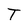
Character: T